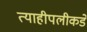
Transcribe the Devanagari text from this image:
त्याहीपलीकडे